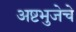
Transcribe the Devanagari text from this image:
अष्टभुजेचे